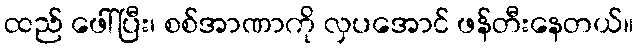
ထည် ဖေါ်ပြီး၊ စစ်အာဏာကို လှပအောင် ဖန်တီးနေတယ်။